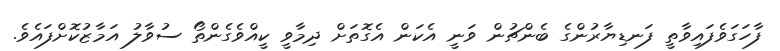
ފާހަގަވެފައިވާތީ ފަނޑިޔާރުންގެ ބެންޗުން ވަނީ އެކަން އެގޮތަށް ދިމާވީ ކީއްވެގެންތޯ ސުވާލު އަމާޒުކޮށްފައެވެ.